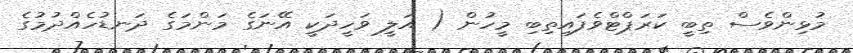
މުޅިންވެސް ތިބީ ކަރަޕްޓްވެފައިތިބި މީހުން ( އަލީ ވަހީދަކީ އޭނަގެ މަންމަގެ ދަނޑުހެއްދުމުގެ